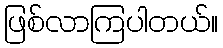
ဖြစ်လာကြပါတယ်။